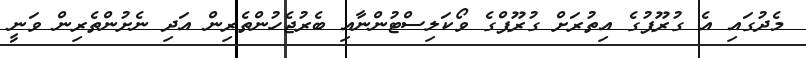
މެދުގައި އެ ގުރޫޕުގެ އިތުރަށް ގުރޫޕްގެ ވޯކަލިސްޓުންނާއި ބެރުޖެހުންތެރިން އަދި ނެށުންތެރިން ވަނީ